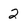
Character: 2